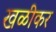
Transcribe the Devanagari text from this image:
खळीकर